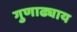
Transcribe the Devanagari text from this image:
गुणाढ्याय